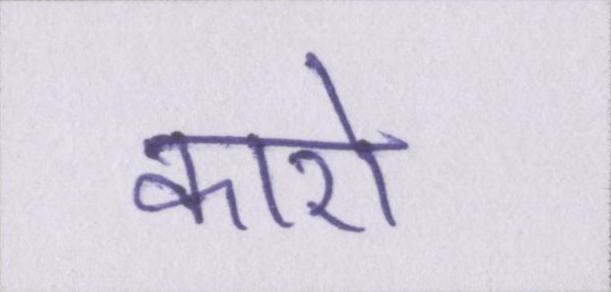
कारो